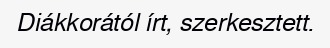
Diákkorától írt, szerkesztett.